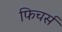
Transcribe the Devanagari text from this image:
फिचर्स